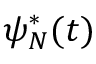
\psi _ { N } ^ { * } ( t )